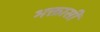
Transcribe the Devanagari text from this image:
भक्तासी